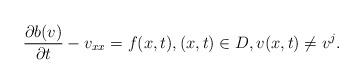
LaTeX: \begin{align*}\frac{\partial b(v)}{\partial t}-v_{xx}=f(x,t), (x,t)\in D, v(x,t)\neq v^j.\end{align*}